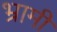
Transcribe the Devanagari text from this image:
भ्रामी